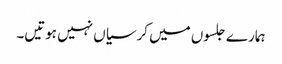
ہمارے جلسوں میں کرسیاں نہیں ہوتیں۔